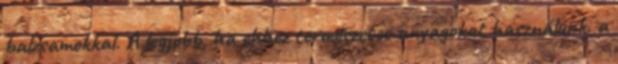
balzsamokkal. A legjobb, ha ehhez természetes anyagokat használunk. a